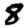
Digit: 8